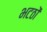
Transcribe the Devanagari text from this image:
भटठों